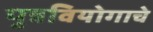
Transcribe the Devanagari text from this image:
पुत्रवियोगाचे